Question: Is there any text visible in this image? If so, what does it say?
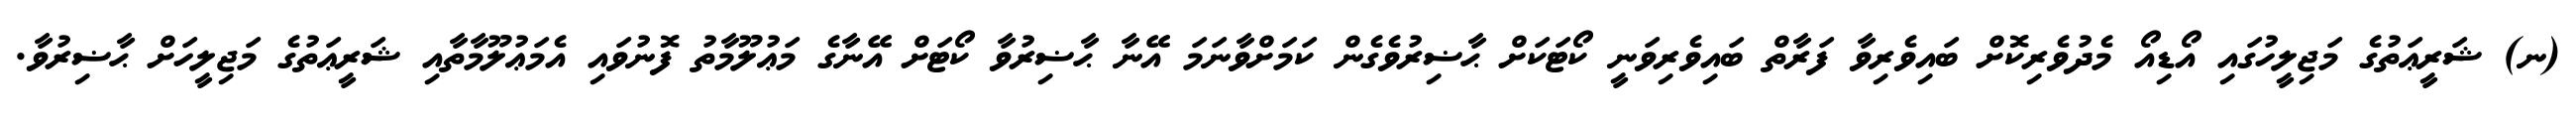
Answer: (ނ) ޝަރީޢަތުގެ މަޖިލީހުގައި އޯޑިއޯ މެދުވެރިކޮށް ބައިވެރިވާ ފަރާތް ބައިވެރިވަނީ ކޯޓަކަށް ޙާޟިރުވެގެން ކަމަށްވާނަމަ އޭނާ ޙާޟިރުވާ ކޯޓަށް އޭނާގެ މަޢުލޫމާތު ފޮނުވައި އެމަޢުލޫމާތާއި ޝަރީޢަތުގެ މަޖިލީހަށް ޙާޟިރުވާ.